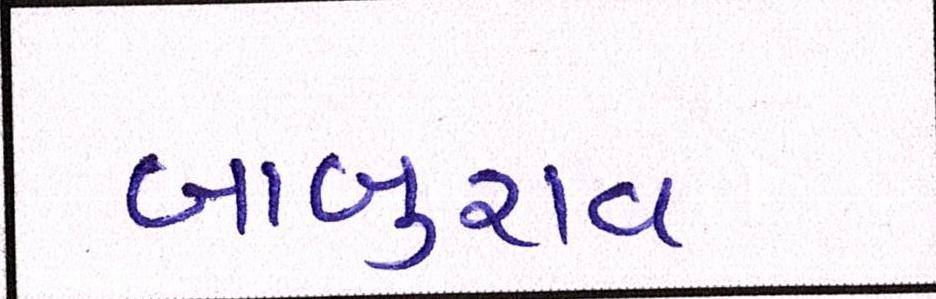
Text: બાબુરાવ